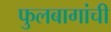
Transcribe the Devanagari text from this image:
फुलबागांची